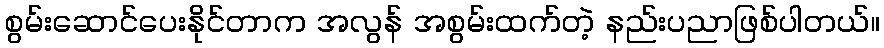
စွမ်းဆောင်ပေးနိုင်တာက အလွန် အစွမ်းထက်တဲ့ နည်းပညာဖြစ်ပါတယ်။